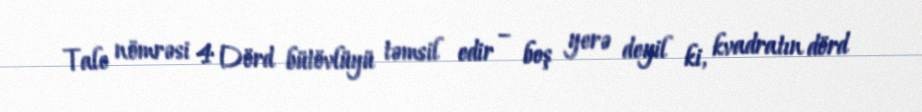
Tale nömrəsi 4 Dörd bütövlüyü təmsil edir – boş yerə deyil ki, kvadratın dörd